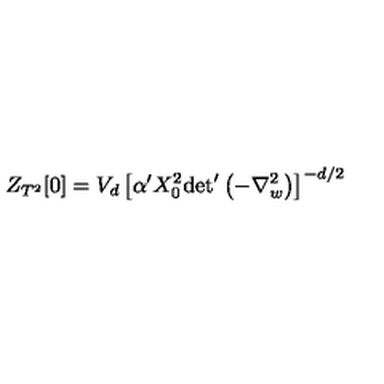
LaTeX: Z _ { T ^ { 2 } } [ 0 ] = V _ { d } \left[ \alpha ^ { \prime } X _ { 0 } ^ { 2 } { \det } ^ { \prime } \left( - \nabla _ { w } ^ { 2 } \right) \right] ^ { - d / 2 }